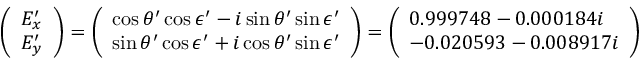
\left( \begin{array} { l } { E _ { x } ^ { \prime } } \\ { E _ { y } ^ { \prime } } \end{array} \right) = \left( \begin{array} { l } { \cos \theta ^ { \prime } \cos \epsilon ^ { \prime } - i \sin \theta ^ { \prime } \sin \epsilon ^ { \prime } } \\ { \sin \theta ^ { \prime } \cos \epsilon ^ { \prime } + i \cos \theta ^ { \prime } \sin \epsilon ^ { \prime } } \end{array} \right) = \left( \begin{array} { l } { 0 . 9 9 9 7 4 8 - 0 . 0 0 0 1 8 4 i } \\ { - 0 . 0 2 0 5 9 3 - 0 . 0 0 8 9 1 7 i } \end{array} \right)